Report on sanitation, dispensaries, and jails in Rajputana for 1911, and on vaccination for the year 1911-1912 - 1911-1912
Year: 1911
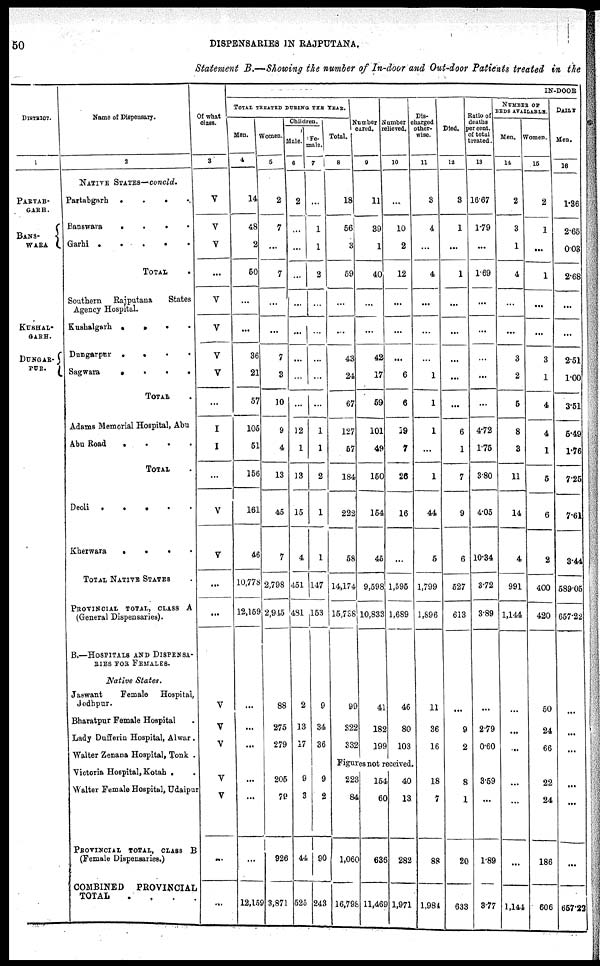
50
DISPENSARIES IN RAJPUTANA.
Statement B.—Showing the number of In-door and Out-door Patients treated in the
DISTRICT.
1
PARTAB¬
GARH.
BANS¬
WARA
KUSHAL¬
GARH.
DUNGAR¬
PUR.
Name of Dispensary.
2
NATIVE STATES—concld.
Partabgarh .
.
.
Banswara
.
.
.
.
Garhi .
.
.
.
.
TOTAL .
Southern Rajputana
States
Agency Hospital.
Kushalgarh .
.
. .
Dungarpur .
.
.
.
Sagwara
.
.
.
.
TOTAL .
Adams Memorial Hospital, Abu
Abu Road
.
.
.
.
TOTAL .
Deoli .
.
.
.
Kherwara
.
.
.
TOTAL NATIVE STATES .
PROVINCIAL TOTAL, CLASS A
(General Dispensaries).
B.—HOSPITALS AND DISPENSA¬
RIES FOR FEMALES.
Native States.
Jaswant
Female Hospital,
Jodhpur.
Bharatpur Female Hospital
Lady Dufferin Hospital, Alwar .
Walter Zenana Hospital, Tonk .
Victoria Hospital, Kotah .
Walter Female Hospital, Udaipur
PROVINCIAL TOTAL, CLASS B
(Female Dispensaries.)
COMBINED
PROVINCIAL
TOTAL . . . .
Of what
class.
3
V
V
V
...
V
V
V
V
...
I
I
...
V
V
...
...
V
V
V
V
V
...
...
IN-DOOR
TOTAL TREATED DURING THE YEAR.
Men.
4
14
48
2
50
...
...
36
21
57
105
51
156
161
46
10,778
12,159
...
...
...
...
...
...
12,159
Women.
5
2
7
...
7
...
...
7
3
10
9
4
13
45
7
2,798
2,915
88
275
279
205
79
926
3,871
Children.
Male.
6
2
...
...
...
...
...
...
...
...
12
1
13
15
4
451
481
2
13
17
9
3
44
525
Fe-
male.
7
...
1
1
2
...
...
...
...
...
1
1
2
1
1
147
153
9
34
36
9
2
90
243
Total.
8
18
56
3
59
...
...
43
24
67
127
57
184
222
58
14,174
15,738
99
322
332
Number
cured.
9
11
39
1
40
...
...
42
17
59
101
49
150
154
45
9,598
10,833
41
182
199
Number
relieved.
10
...
10
2
12
...
...
...
6
6
29
7
26
16
...
1,595
1,689
46
80
103
Figures not received.
223
84
1,060
16,798
154
60
636
11,469
40
13
282
1,971
Dis¬
charged
other-
wise.
11
3
4
...
4
...
...
...
1
1
1
...
1
44
5
1,799
1,896
11
36
16
18
7
88
1,984
Died.
12
3
1
...
1
...
...
...
...
...
6
1
7
9
6
527
613
...
9
2
8
1
20
633
Ratio of
deaths
per cent.
of total
treated.
13
16.67
1.79
...
1.69
...
...
...
...
...
4.72
1.75
3.80
4.05
10.34
3.72
3.89
...
2.79
0.60
3.59
...
1.89
3.77
NUMBER OF
BEDS AVAILABLE.
Men.
14
2
3
1
4
...
...
3
2
5
8
3
11
14
4
991
1,144
...
...
...
...
...
...
1,144
Women.
15
2
1
...
1
...
...
3
1
4
4
1
5
6
2
400
420
50
24
66
22
24
186
606
DAILY
Men.
16
1.36
2.65
0.03
2.68
...
...
2.51
1.00
3.51
5.49
1.76
7.25
7.61
3.44
589.05
657.22
...
...
...
...
...
657.23